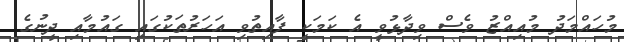
މުހައްމަދު މުއިއްޒު ވެސް ވިދާޅުވީ އެ ކަމަކީ ފާއިތުވި އަހަރުތަކުގައި ގައުމާއި ދީނުގެ